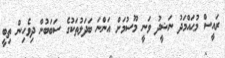
ރައީސް މުޙައްމަދު ނަޝީދު ވަނީ މޫސުމަށް އަންނަ ބަދަލުތަކުގެ ސަބަބުން ދިވެހިން ތިބީ